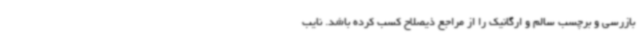
بازرسی و برچسب سالم و ارگانیک را از مراجع ذیصلاح کسب کرده باشد. نایب